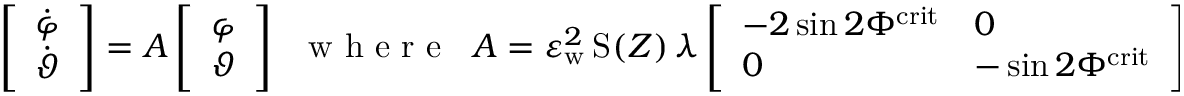
\left[ \begin{array} { l } { \dot { \varphi } } \\ { \dot { \vartheta } } \end{array} \right] = A \left[ \begin{array} { l } { { \varphi } } \\ { { \vartheta } } \end{array} \right] \; \; \mathrm { ~ w ~ h ~ e ~ r ~ e ~ } \; \; A = \varepsilon _ { \mathrm { w } } ^ { 2 } \, \mathrm { S } _ { } ( Z ) \, \lambda \left[ \begin{array} { l l } { - 2 \sin 2 \Phi ^ { \mathrm { c r i t } } } & { 0 } \\ { 0 } & { - \sin 2 \Phi ^ { \mathrm { c r i t } } } \end{array} \right] .